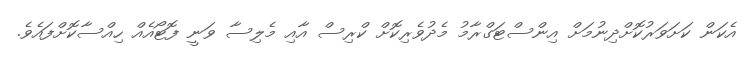
އެކަން ކަށަވަރުކޮށްދިނުމަށް އިންސްޓަގްރާމު މެދުވެރިކޮށް ކްރިސް އާއި މެލިސާ ވަނީ ފޮޓޯއެއް ހިއްސާކޮށްފައެވެ.